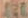
At